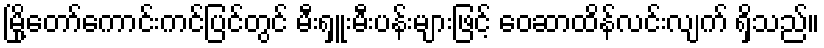
မြို့တော်ကောင်းကင်ပြင်တွင် မီးရှူးမီးပန်းများဖြင့် ဝေဆာထိန်လင်းလျက် ရှိသည်။